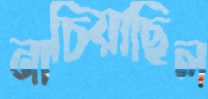
নাচিয়াছিল